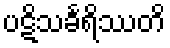
ပဋိသင်္ခရိဿတိ